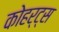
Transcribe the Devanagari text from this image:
कोहर्ट्स